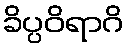
ခိပ္ပဝိရာဂိ